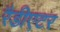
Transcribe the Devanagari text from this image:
रैडीएटर